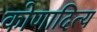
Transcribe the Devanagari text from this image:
कोणादित्य